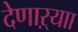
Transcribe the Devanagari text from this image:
देणाऱ्याा